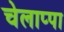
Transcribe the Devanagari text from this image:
चेलाप्पा